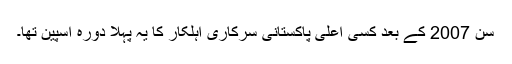
سن 2007 کے بعد کسی اعلیٰ پاکستانی سرکاری اہلکار کا یہ پہلا دورہ اسپین تھا۔